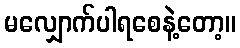
မလျှောက်ပါရစေနဲ့တော့။